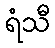
ရံသီ